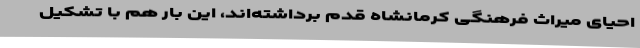
احیای میراث فرهنگی کرمانشاه قدم برداشته‌اند، این بار هم با تشکیل